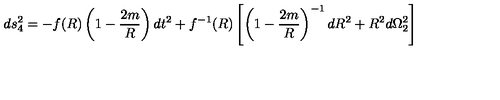
d s _ { 4 } ^ { 2 } = - f ( R ) \left( 1 - \frac { 2 m } { R } \right) d t ^ { 2 } + f ^ { - 1 } ( R ) \left[ \left( 1 - \frac { 2 m } { R } \right) ^ { - 1 } d R ^ { 2 } + R ^ { 2 } d \Omega _ { 2 } ^ { 2 } \right]